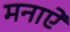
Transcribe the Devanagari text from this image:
मनाऐ